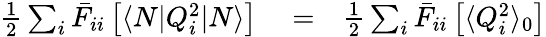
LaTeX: \begin{array}{rlr}{\frac{1}{2}\sum_{i}\bar{F}_{ii}\left[\langle N|Q_{i}^{2}|N\rangle\right]}&{{}=}&{\frac{1}{2}\sum_{i}\bar{F}_{ii}\left[\langle Q_{i}^{2}\rangle_{0}\right]}\end{array}